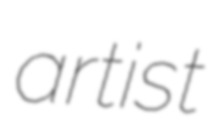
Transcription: artist